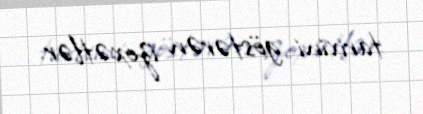
tarixini göstərən izoxətlər.